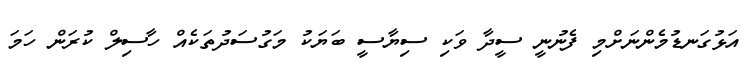
އަޅުގަނޑުމެންނަށްމި ފެނުނީ ސީދާ ވަކި ސިޔާސީ ބަޔަކު މަގުސަދުތަކެއް ހާސިލް ކުރަން ހަމަ